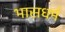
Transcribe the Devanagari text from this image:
भासधर्म